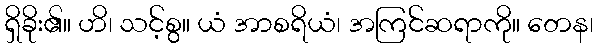
ရှိခိုး၏။ ဟိ၊ သင့်စွ။ ယံ အာစရိယံ၊ အကြင်ဆရာကို။ တေန၊